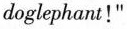
doglephant!"